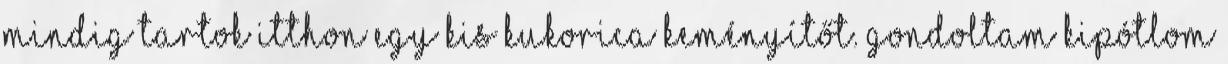
mindig tartok itthon egy kis kukorica keményítőt. Gondoltam kipótlom